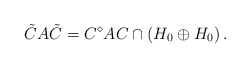
\begin{align*}\tilde{C}A\tilde{C}=C^{\diamond}AC\cap\left(H_{0}\oplus H_{0}\right).\end{align*}